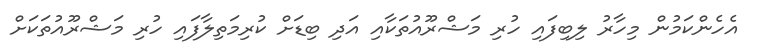
އެހެންކަމުން މިހާރު ލިބިފައި ހުރި މަޝްރޫއުތަކާއި އަދި ބިޑަށް ކުރިމަތިލާފައި ހުރި މަޝްރޫއުތަކަށް